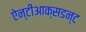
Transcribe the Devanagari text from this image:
ऐन्टीआक्सडन्ट